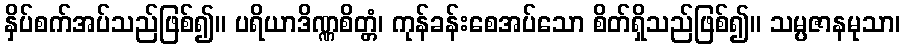
နှိပ်စက်အပ်သည်ဖြစ်၍။ ပရိယာဒိဏ္ဏစိတ္တံ၊ ကုန်ခန်းစေအပ်သော စိတ်ရှိသည်ဖြစ်၍။ သမ္ပဇာနမုသာ၊